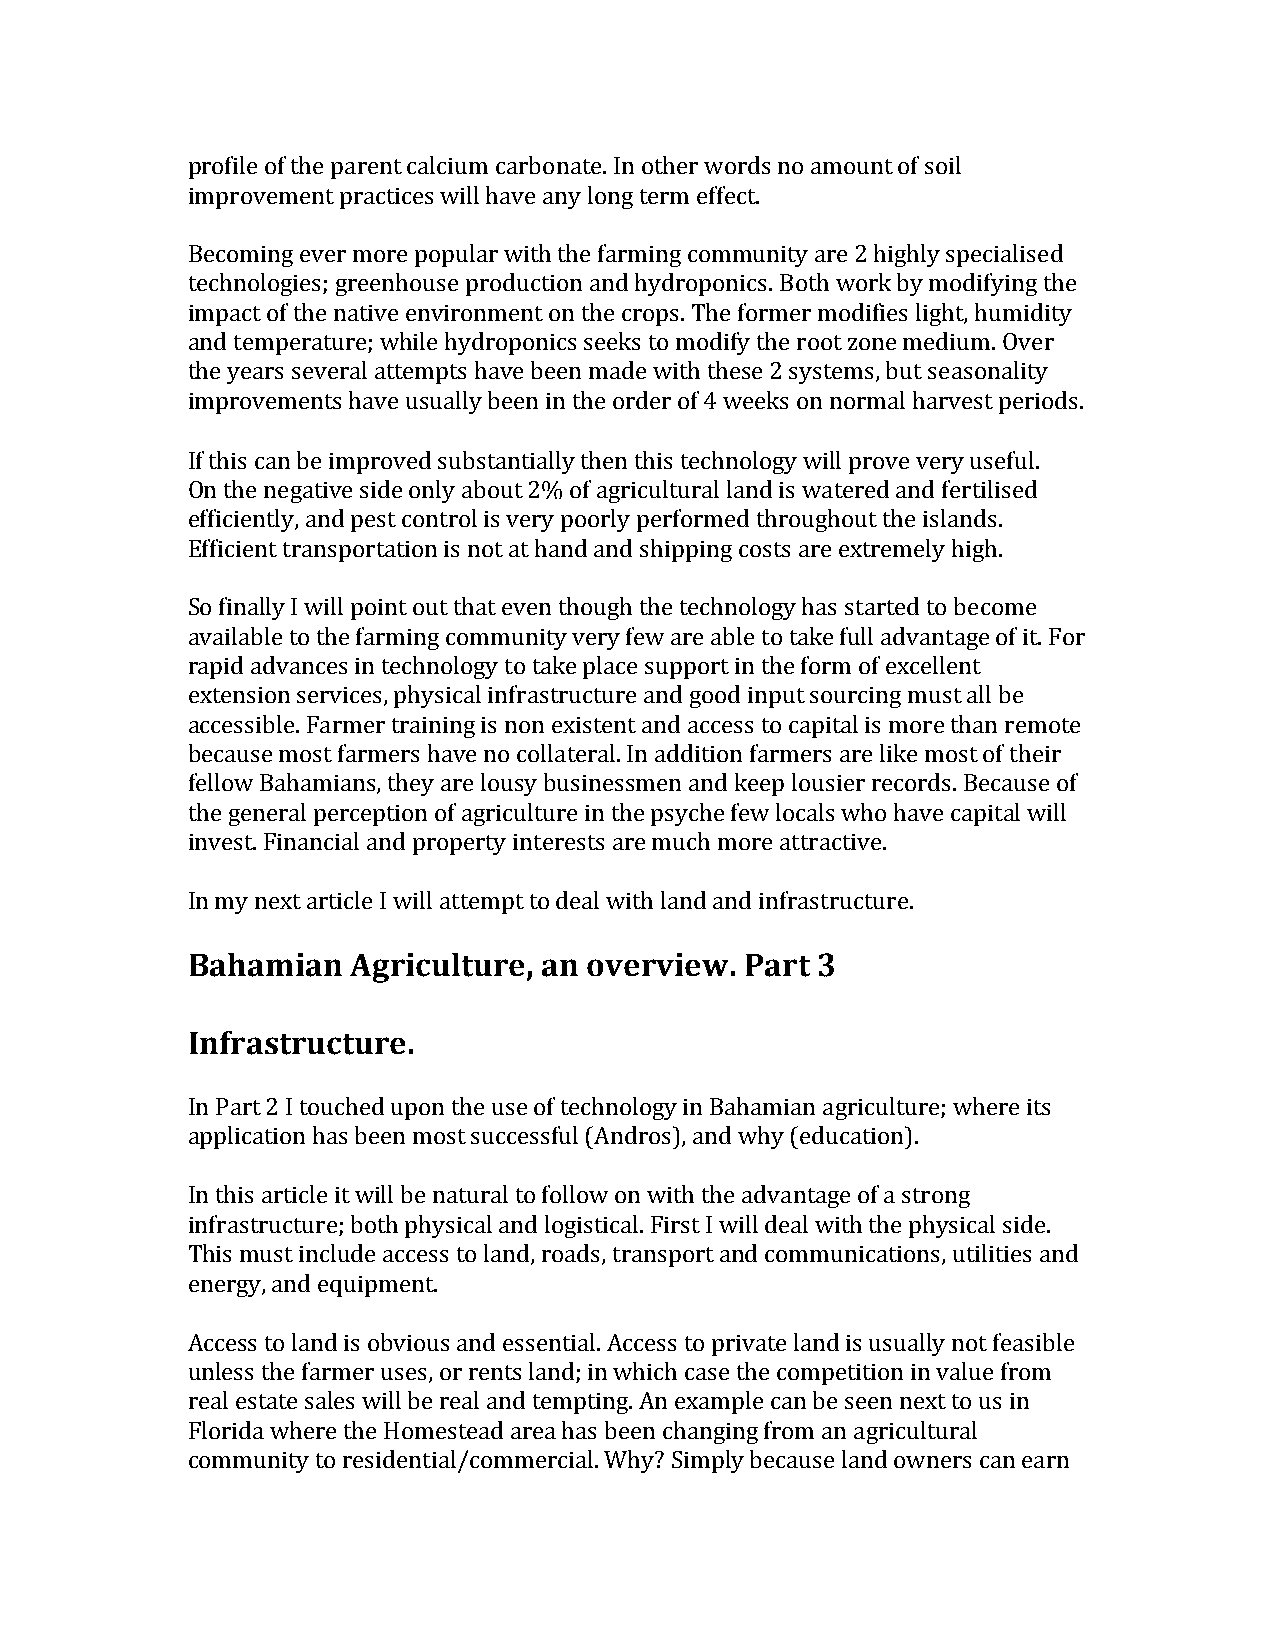
profile of the parent calcium carbonate. In other words no amount of soil
 improvement practices will have any long term effect.
 Becoming ever more popular with the farming community are 2 highly specialised
 technologies; greenhouse production and hydroponics. Both work by modifying the
 impact of the native environment on the crops. The former modifies light, humidity
 and temperature; while hydroponics seeks to modify the root zone medium. Over
 the years several attempts have been made with these 2 systems, but seasonality
 improvements have usually been in the order of 4 weeks on normal harvest periods.
 If this can be improved substantially then this technology will prove very useful.
 On the negative side only about 2% of agricultural land is watered and fertilised
 efficiently, and pest control is very poorly performed throughout the islands.
 Efficient transportation is not at hand and shipping costs are extremely high.
 So finally I will point out that even though the technology has started to become
 available to the farming community very few are able to take full advantage of it. For
 rapid advances in technology to take place support in the form of excellent
 extension services, physical infrastructure and good input sourcing must all be
 accessible. Farmer training is non existent and access to capital is more than remote
 because most farmers have no collateral. In addition farmers are like most of their
 fellow Bahamians, they are lousy businessmen and keep lousier records. Because of
 the general perception of agriculture in the psyche few locals who have capital will
 invest. Financial and property interests are much more attractive.
 In my next article I will attempt to deal with land and infrastructure.
 Bahamian   Agriculture, an overview. Part 3
 Infrastructure.
 In Part 2 I touched upon the use of technology in Bahamian agriculture; where its
 application has been most successful (Andros), and why (education).
 In this article it will be natural to follow on with the advantage of a strong
 infrastructure; both physical and logistical. First I will deal with the physical side.
 This must include access to land, roads, transport and communications, utilities and
 energy, and equipment.
 Access to land is obvious and essential. Access to private land is usually not feasible
 unless the farmer uses, or rents land; in which case the competition in value from
 real estate sales will be real and tempting. An example can be seen next to us in
 Florida where the Homestead area has been changing from an agricultural
 community to residential/commercial. Why? Simply because land owners can earn